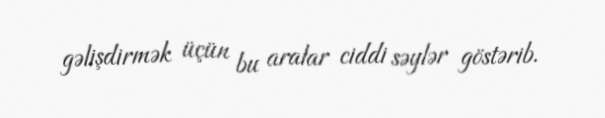
gəlişdirmək üçün bu aralar ciddi səylər göstərib.